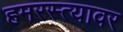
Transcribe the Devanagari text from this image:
हमरस्त्यावर